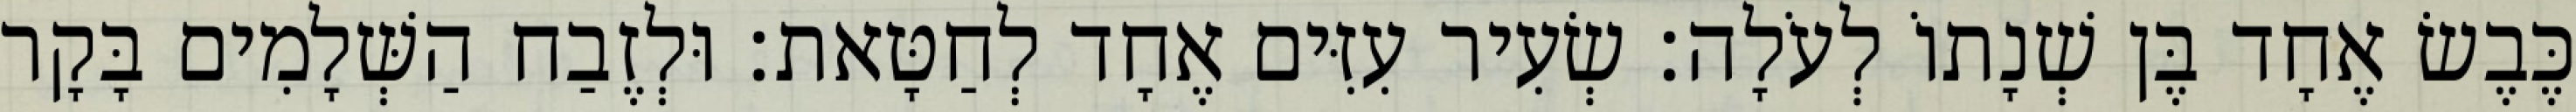
כֶּבֶשׂ אֶחָד בֶּן שְׁנָתוֹ לְעֹלָה׃ שְׂעִיר עִזִּים אֶחָד לְחַטָּאת׃ וּלְזֶבַח הַשְּׁלָמִים בָּקָר